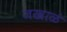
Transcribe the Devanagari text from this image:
जखाळं